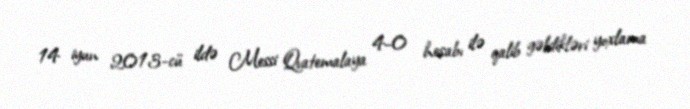
14 iyun 2013-cü ildə Messi Qvatemalaya 4–0 hesabı ilə qalib gəldikləri yoxlama